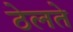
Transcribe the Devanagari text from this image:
ठेलते